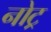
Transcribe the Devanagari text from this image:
नोट्र